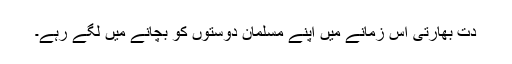
دت بھارتی اس زمانے میں اپنے مسلمان دوستوں کو بچانے میں لگے رہے۔